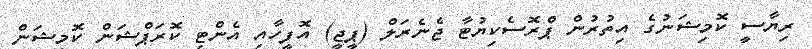
ރިޔާސީ ކޮމިޝަނުގެ އިތުރުން ޕްރޮސެކިޔުޓާ ޖެނެރަލް (ޕީޖީ) އޮފީހާއި އެންޓި ކޮރަޕްޝަން ކޮމިޝަން